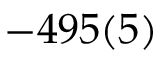
- 4 9 5 ( 5 )